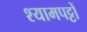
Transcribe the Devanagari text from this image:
श्यामपट्टों